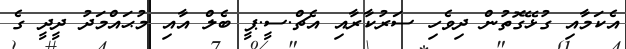
އެކަމާއި ގުޅޭގޮތުން ދިވެހި ސަރުކާރާއި އެޗް.ސީ.ޕީ ބެލް އާއި މުޙައްމަދު ދީދީ ގެ